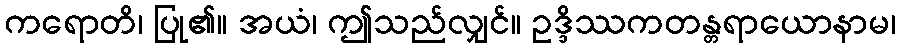
ကရောတိ၊ ပြု၏။ အယံ၊ ဤသည်လျှင်။ ဥဒ္ဒိဿကတန္တရာယောနာမ၊